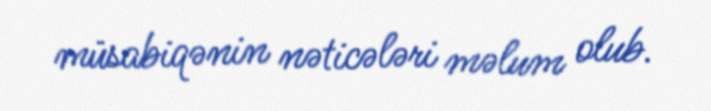
müsabiqənin nəticələri məlum olub.